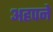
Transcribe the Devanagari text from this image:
अहपने